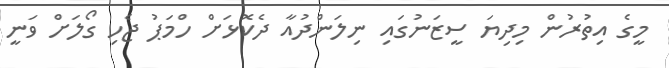
މީގެ އިތުރުން މިދިޔަ ސީޒަނުގައި ނިލަންދުއާ ދެކޮޅަށް ހްމަޕު ޖެހި ގޯލަށް ވަނީ